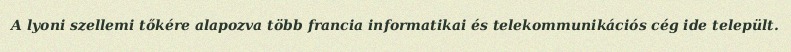
A lyoni szellemi tőkére alapozva több francia informatikai és telekommunikációs cég ide települt.